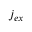
j _ { e x }